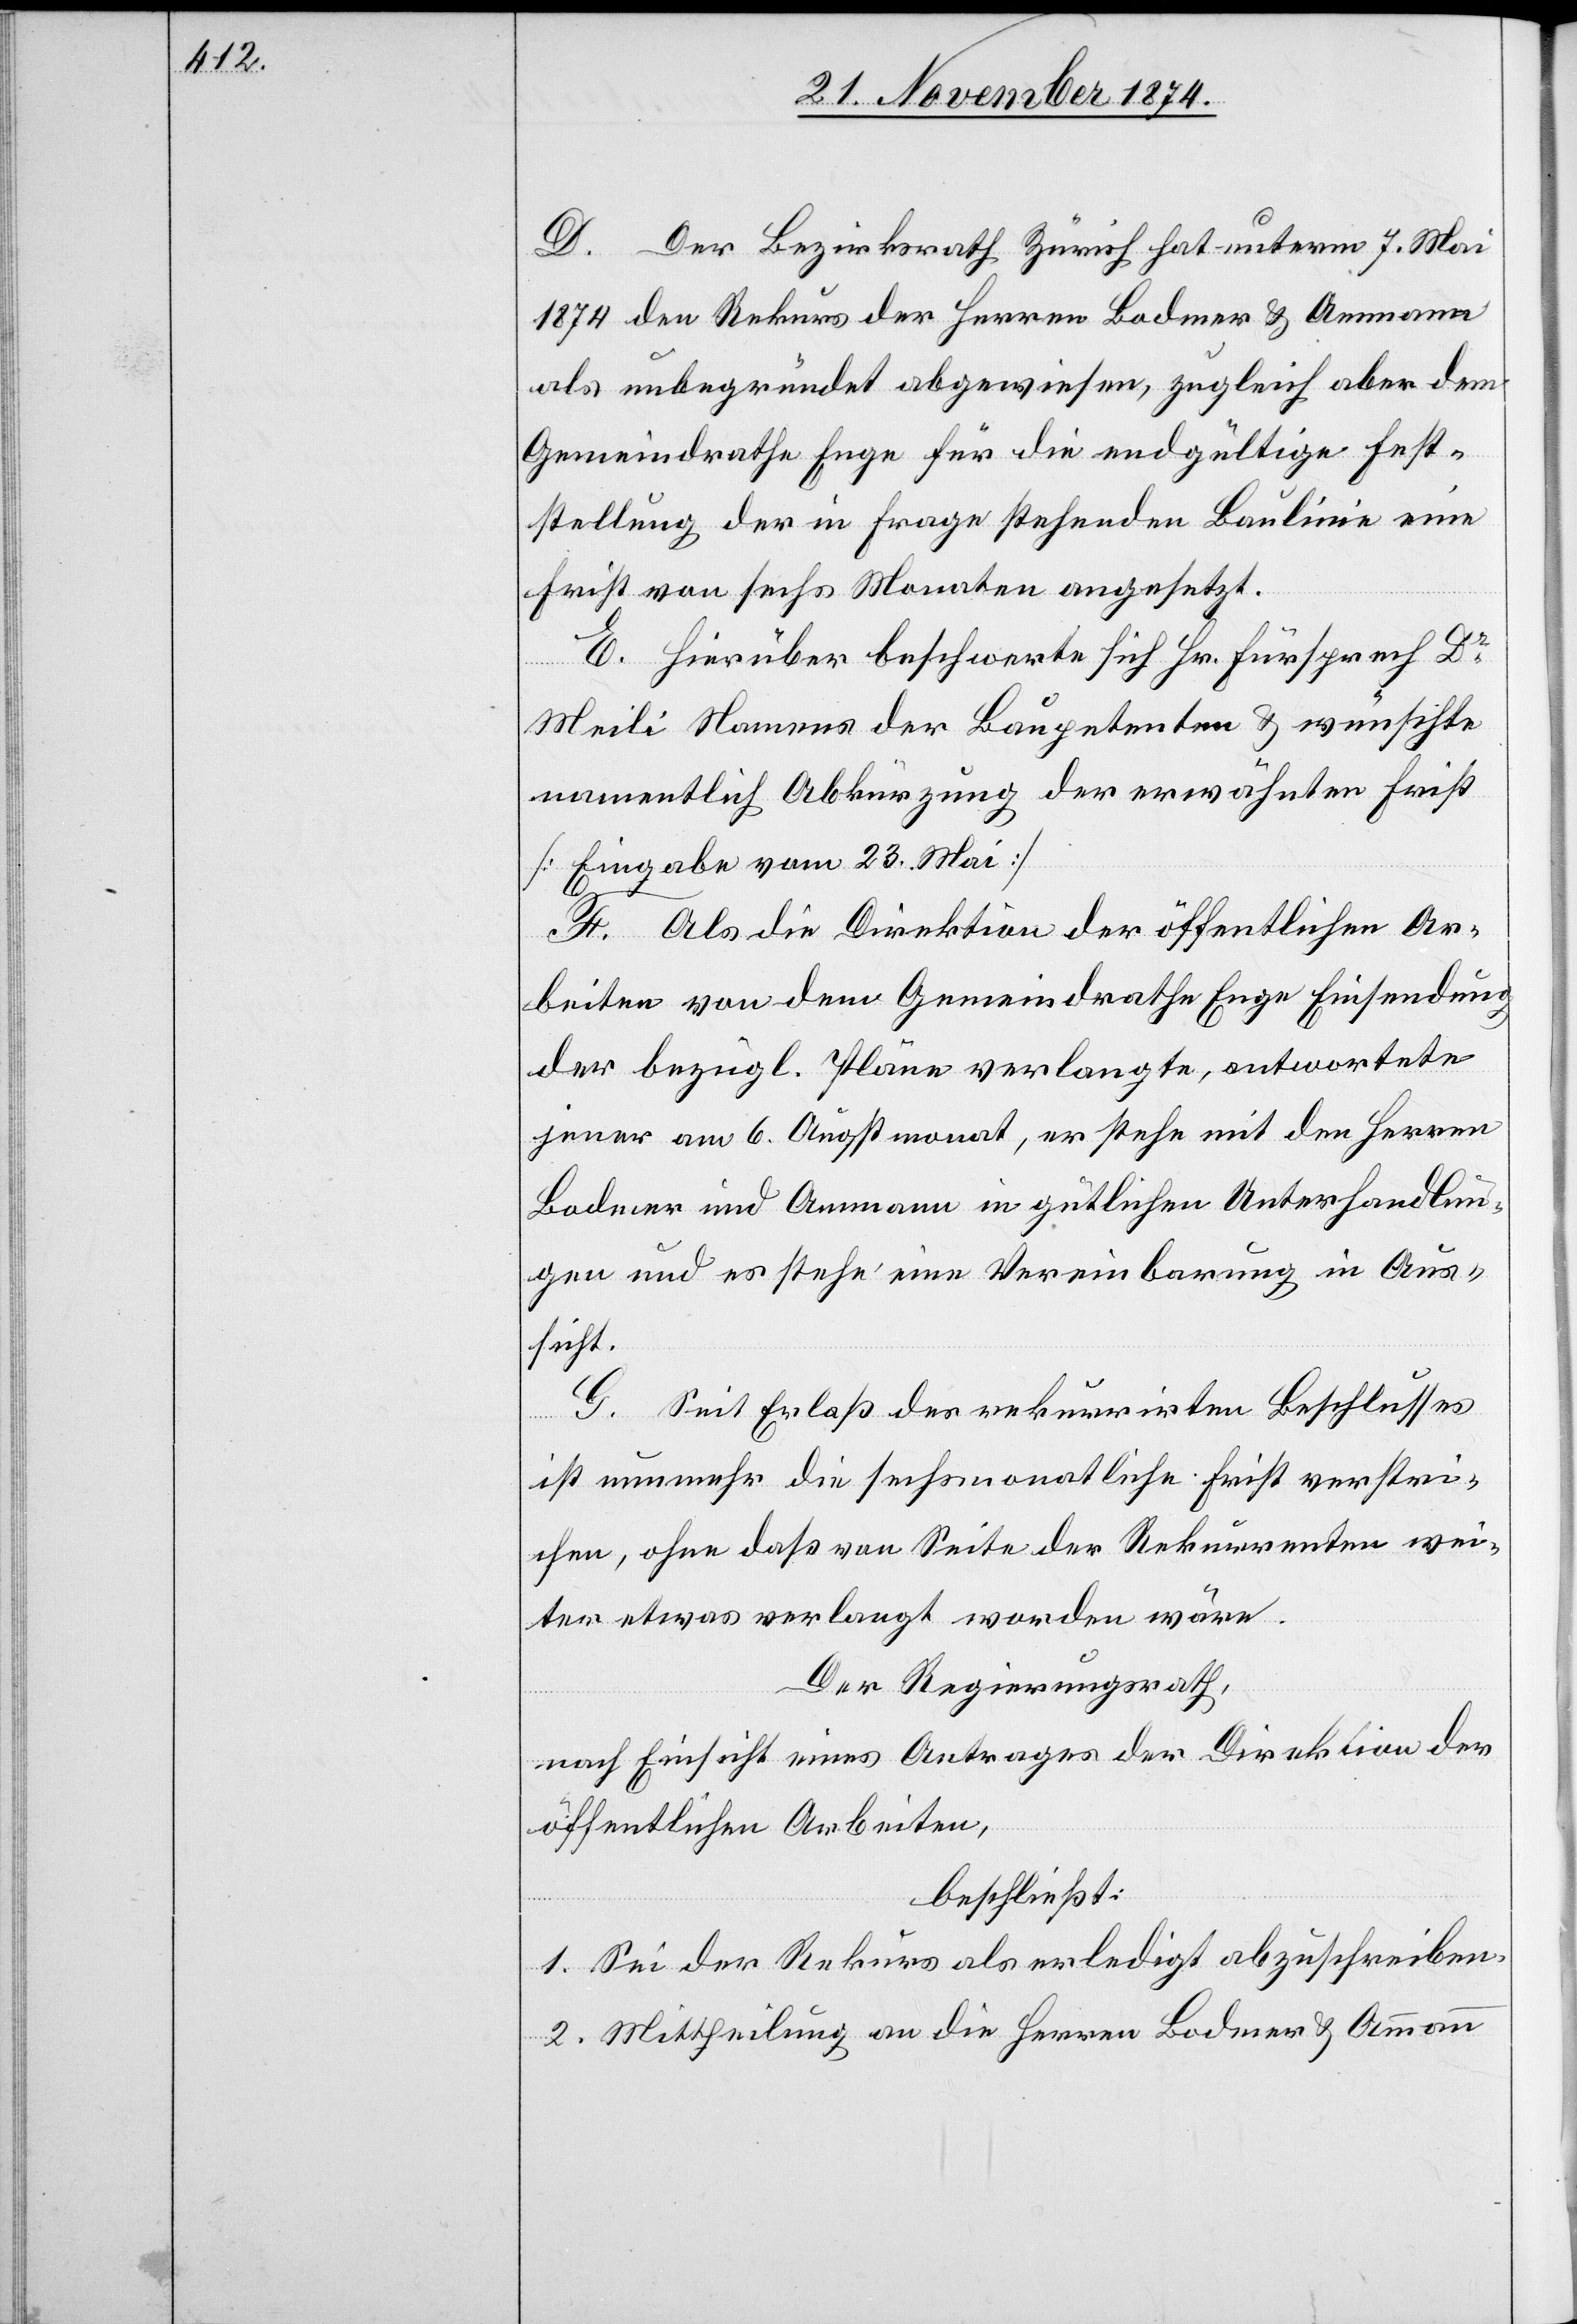
D. Der Bezirksrath Zürich hat unterm 7. Mai
1874 den Rekurs der Herren Bodmer & Ammann
als unbegründet abgewiesen, zugleich aber dem
Gemeindrathe Enge für die endgültige Fest¬
stellung der in Frage stehenden Baulinie eine
Frist von sechs Monaten angesetzt.
E. Hierüber beschwerte sich Hr. Fürsprech Dr
Meili Namens der Baupetenten & wünschte
namentlich Abkürzung der erwähnten Frist
[Eingabe vom 23. Mai]
F. Als die Direktion der öffentlichen Ar¬
beiten von dem Gemeindrathe Enge Einsendung
der bezügl. Pläne verlangte, antwortete
jener am 6. Augstmonat, er stehe mit den Herren
Bodmer und Ammann in gütlichen Unterhandlun¬
gen und es stehe eine Vereinbarung in Aus¬
sicht.
G. Seit Erlaß des rekurrirten Beschlusses
ist nunmehr die sechsmonatliche Frist verstri¬
chen, ohne daß von Seite der Rekurrenten wei¬
ter etwas verlangt worden wäre.
Der Regierungsrath,
nach Einsicht eines Antrages der Direktion der
öffentlichen Arbeiten,
beschließt:
1. Sei der Rekurs als erledigt abzuschreiben.
2. Mittheilung an die Herren Bodmer & Ammann